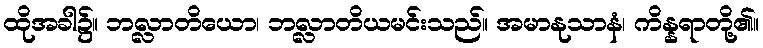
ထိုအခါ၌။ ဘလ္လာတိယော၊ ဘလ္လာတိယမင်းသည်။ အမာနုသာနံ၊ ကိန္နရာတို့၏။